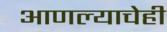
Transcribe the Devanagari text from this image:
आणल्याचेही